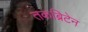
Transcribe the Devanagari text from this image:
तकब्रिटेन